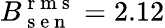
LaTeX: B_{\mathrm{~s~e~n~}}^{\mathrm{~r~m~s~}}=2.12